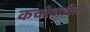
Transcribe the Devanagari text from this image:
कचरेवाडीला